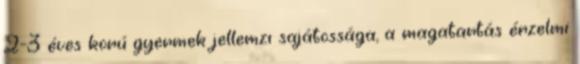
2-3 éves korú gyermek jellemzı sajátossága, a magatartás érzelmi